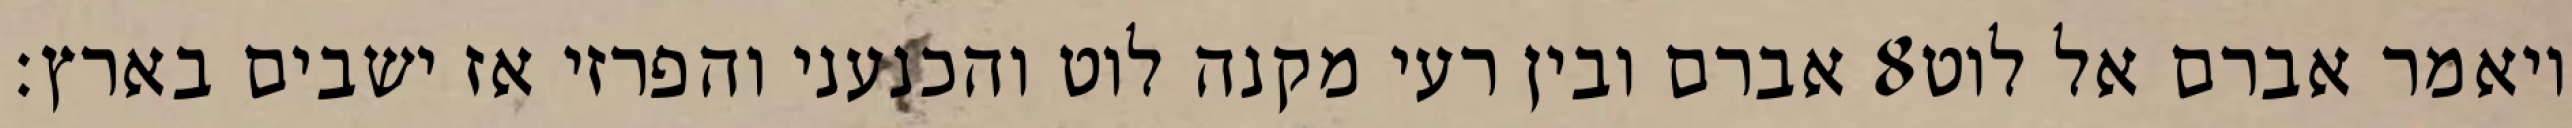
אברם ובין רעי מקנה לוט והכנעני והפרזי אז ישבים בארץ׃ ‎8‏ ויאמר אברם אל לוט